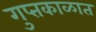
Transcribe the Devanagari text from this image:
गुप्‍तकाळात